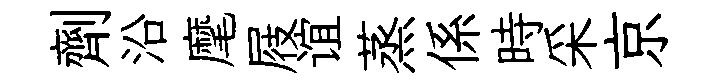
劑沿麾屐谊蒸係時采京